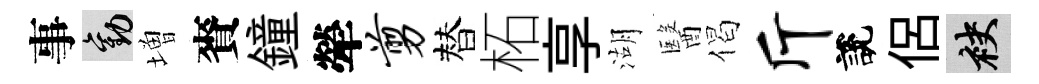
事勸増賚鐘犖剪替柘享湖醫偈斤說侣袂